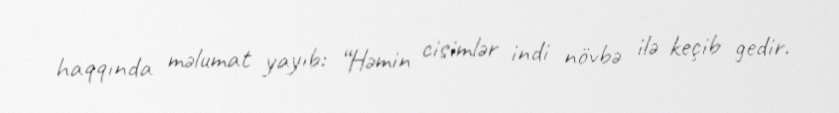
haqqında məlumat yayıb: “Həmin cisimlər indi növbə ilə keçib gedir.